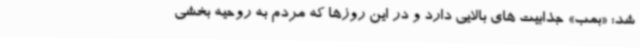
شد: «بمب» جذابیت های بالایی دارد و در این روزها که مردم به روحیه بخشی